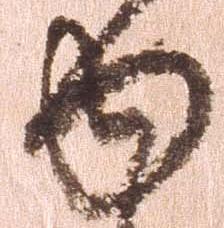
ゆ